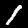
Label: 1